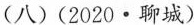
(八) (2020·聊城)